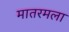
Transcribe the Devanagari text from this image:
मातरमला